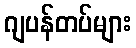
ဂျပန်တပ်များ